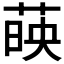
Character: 𦴤